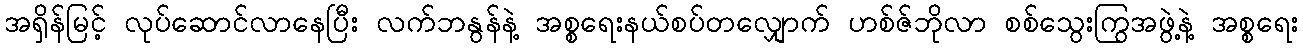
အရှိန်မြင့် လုပ်ဆောင်လာနေပြီး လက်ဘနွန်နဲ့ အစ္စရေးနယ်စပ်တလျှောက် ဟစ်ဇ်ဘိုလာ စစ်သွေးကြွအဖွဲ့နဲ့ အစ္စရေး